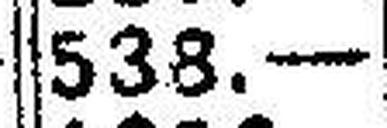
538.—